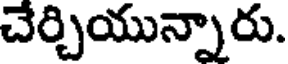
చేర్చియున్నారు.